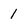
Character: 1